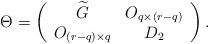
LaTeX: \begin{align*}\Theta =\left(\begin{array}{cc}\widetilde{G} & O_{q\times \left( r-q\right) } \\O_{\left( r-q\right) \times q} & D_{2}\end{array}\right). \end{align*}